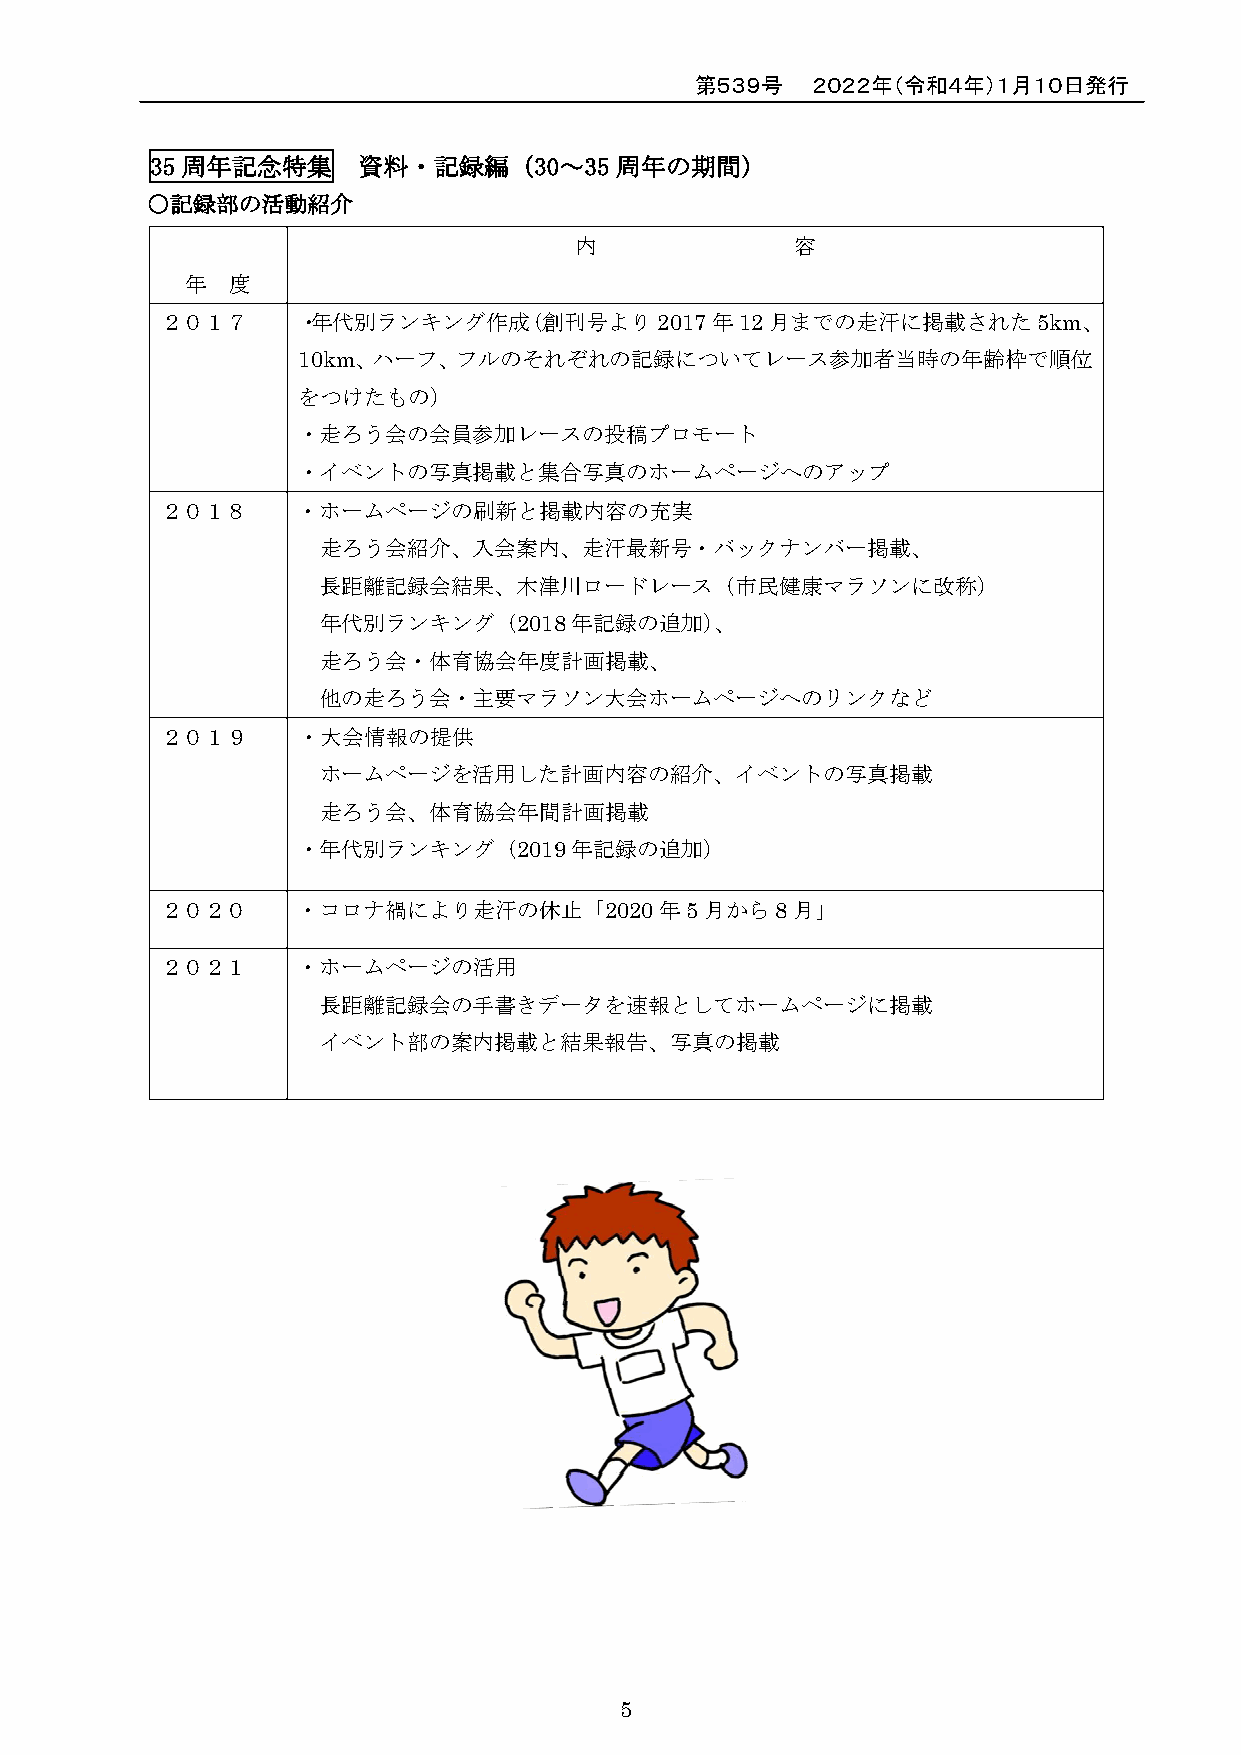
第５３９号   ２０２２年（令和４年）１月１０日発行
 35 周年記念特集     資料・記録編（30～35     周年の期間）
 ○記録部の活動紹介
 内              容
 年  度
 ２０１７     ・年代別ランキング作成（創刊号より2017年12月までの走汗に掲載された5km、
 10km、ハーフ、フルのそれぞれの記録についてレース参加者当時の年齢枠で順位
 をつけたもの）
 ・走ろう会の会員参加レースの投稿プロモート
 ・イベントの写真掲載と集合写真のホームページへのアップ
 ２０１８     ・ホームページの刷新と掲載内容の充実
 走ろう会紹介、入会案内、走汗最新号・バックナンバー掲載、
 長距離記録会結果、木津川ロードレース（市民健康マラソンに改称）
 年代別ランキング（2018年記録の追加）、
 走ろう会・体育協会年度計画掲載、
 他の走ろう会・主要マラソン大会ホームページへのリンクなど
 ２０１９     ・大会情報の提供
 ホームページを活用した計画内容の紹介、イベントの写真掲載
 走ろう会、体育協会年間計画掲載
 ・年代別ランキング（2019年記録の追加）
 ２０２０     ・コロナ禍により走汗の休止「2020年5月から8月」
 ２０２１     ・ホームページの活用
 長距離記録会の手書きデータを速報としてホームページに掲載
 イベント部の案内掲載と結果報告、写真の掲載
 5